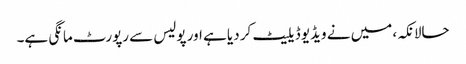
حالانکہ، میں نے ویڈیو ڈیلیٹ کر دیا ہے اور پولیس سے رپورٹ مانگی ہے۔